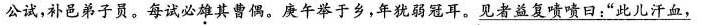
公试，补邑弟子员。每试必雄其曹偶。庚午举于乡，年犹弱冠耳。见者益复啧啧曰：”此儿汗血，